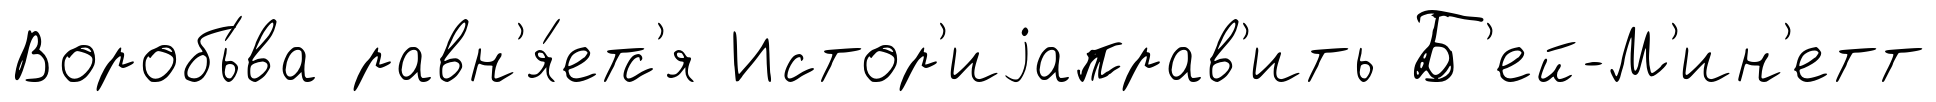
Воробь́ва равн'я́етс'я Истор'иjаправ'ить Б'ей-М'ин'етт